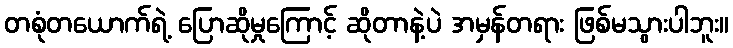
တစုံတယောက်ရဲ့ ပြောဆိုမှုကြောင့် ဆိုတာနဲ့ပဲ အမှန်တရား ဖြစ်မသွားပါဘူး။